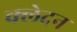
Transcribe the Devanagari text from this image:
क्‍लेदन